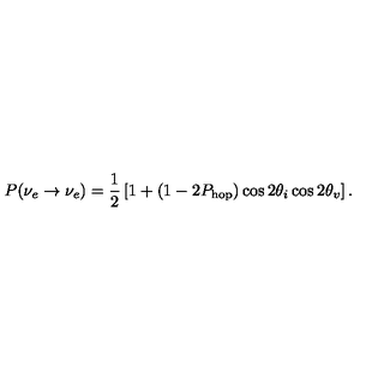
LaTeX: P ( \nu _ { e } \rightarrow \nu _ { e } ) = \frac { 1 } { 2 } \left[ 1 + ( 1 - 2 P _ { \mathrm { h o p } } ) \cos { 2 \theta _ { i } } \cos { 2 \theta _ { v } } \right] .